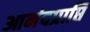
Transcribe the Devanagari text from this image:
आनंदप्राप्ति